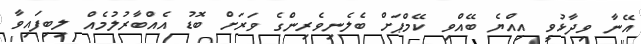
އޭނާ ވިދާޅުވީ އިއްޔެ ބޭއްވި ކޭމްޕަށް ބެލެނިވެރިންގެ ވަރަށް ބޮޑު އެއްބާރުލުމެއް ލިބިފައިވާ